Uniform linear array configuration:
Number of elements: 24
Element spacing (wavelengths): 0.25
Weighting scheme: binomial
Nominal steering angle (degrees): -60
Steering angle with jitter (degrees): -58.14
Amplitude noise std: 0.05
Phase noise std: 0.05

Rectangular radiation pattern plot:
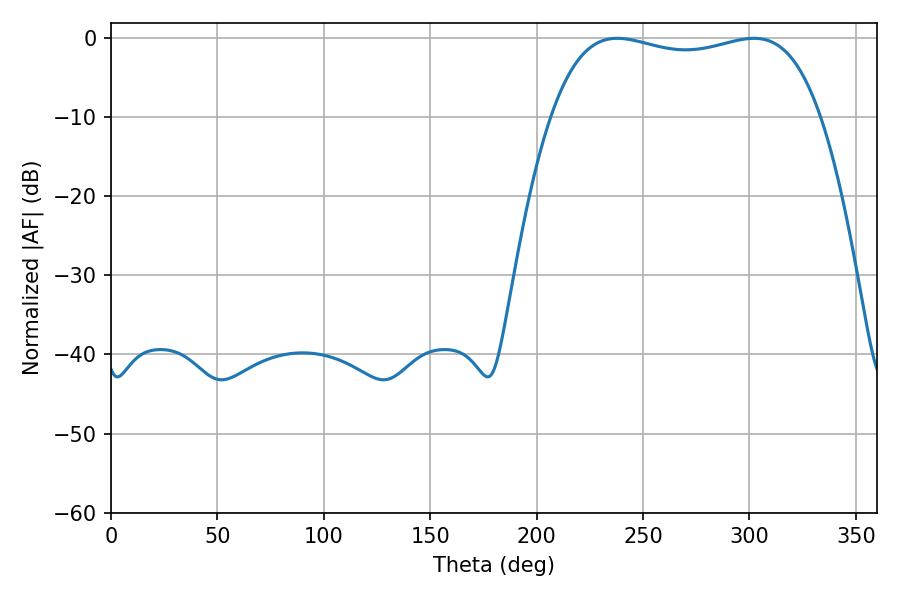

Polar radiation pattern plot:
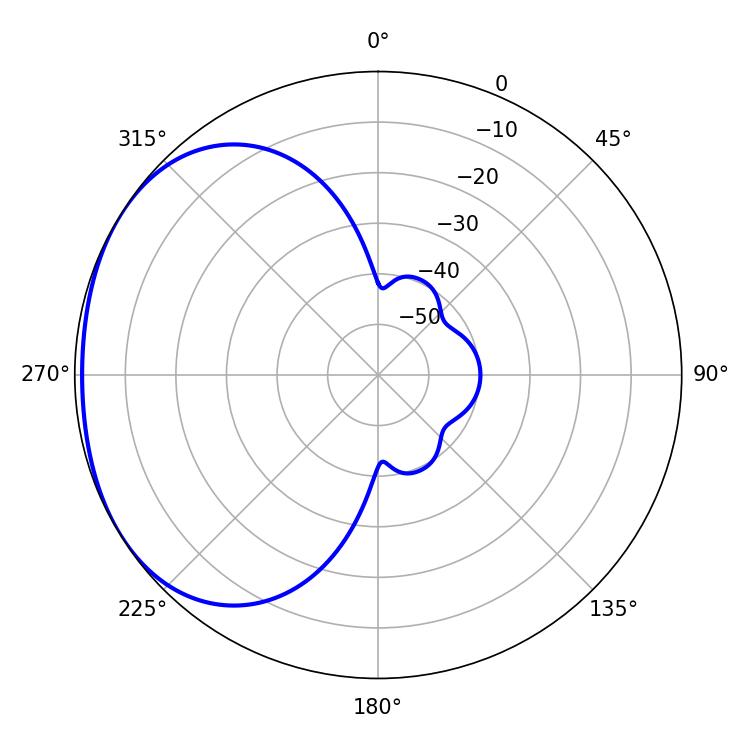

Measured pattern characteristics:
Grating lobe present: FALSE
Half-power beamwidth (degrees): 102.24
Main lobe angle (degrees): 237.96